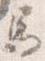
馬